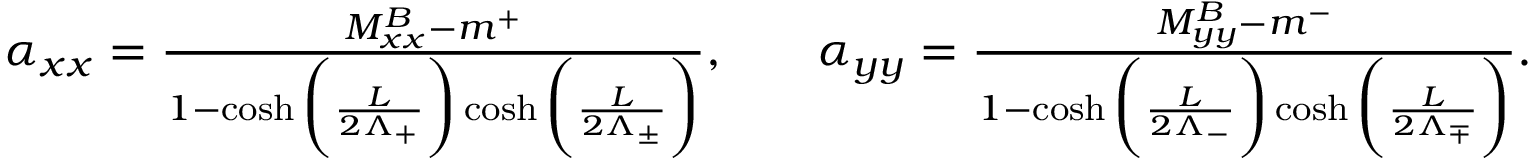
\begin{array} { r l r } { \alpha _ { x x } = \frac { M _ { x x } ^ { B } - m ^ { + } } { 1 - \cosh \bigg ( \frac { L } { 2 \Lambda _ { + } } \bigg ) \cosh \bigg ( \frac { L } { 2 \Lambda _ { \pm } } \bigg ) } , } & { } & { \alpha _ { y y } = \frac { M _ { y y } ^ { B } - m ^ { - } } { 1 - \cosh \bigg ( \frac { L } { 2 \Lambda _ { - } } \bigg ) \cosh \bigg ( \frac { L } { 2 \Lambda _ { \mp } } \bigg ) } . } \end{array}